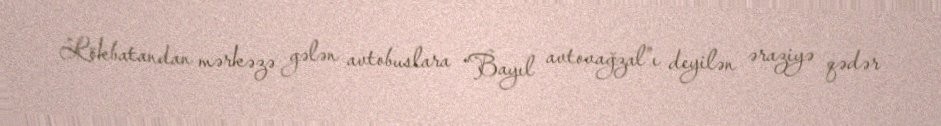
Lökbatandan mərkəzə gələn avtobuslara “Bayıl avtovağzal”ı deyilən əraziyə qədər